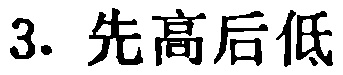
3. 先高后低